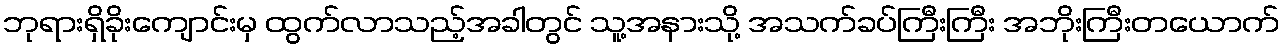
ဘုရားရှိခိုးကျောင်းမှ ထွက်လာသည့်အခါတွင် သူ့အနားသို့ အသက်ခပ်ကြီးကြီး အဘိုးကြီးတယောက်